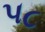
૫૮